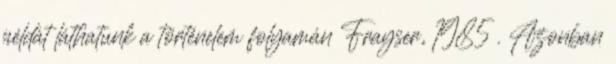
példát láthatunk a történelem folyamán Frayser, 1985 . Azonban